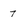
Character: 7